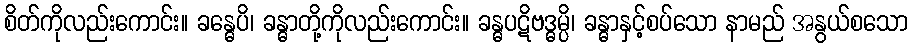
စိတ်ကိုလည်းကောင်း။ ခန္ဓေပိ၊ ခန္ဓာတို့ကိုလည်းကောင်း။ ခန္ဓပဋိဗဒ္ဓမ္ပိ၊ ခန္ဓာနှင့်စပ်သော နာမည် အနွယ်စသော